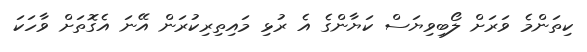
ކިތަންމެ ވަރަށް ލޯބިވިޔަސް ކަޔާންގެ އެ ރުޅި މައިތިރިކުރަން އޭނަ އެގޮތަށް ވާހަކަ